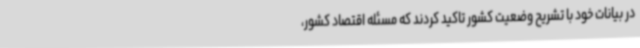
در بیانات خود با تشریح وضعیت کشور تاکید کردند که مسئله اقتصاد کشور،